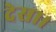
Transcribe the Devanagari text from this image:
देसा।